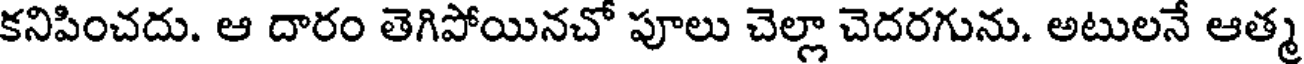
కనిపించదు. ఆ దారం తెగిపోయినచో పూలు చెల్లా చెదరగును. అటులనే ఆత్మ